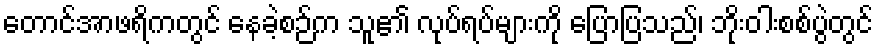
တောင်အာဖရိကတွင် နေခဲ့စဉ်က သူ၏ လုပ်ရပ်များကို ပြောပြသည်၊ ဘိုးဝါးစစ်ပွဲတွင်